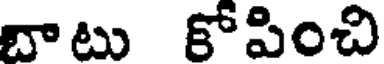
బాటు కోపించి